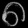
Digit: ၈